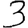
Digit: 3